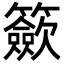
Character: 籨